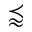
\precapprox